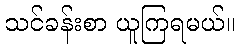
သင်ခန်းစာ ယူကြရမယ်။